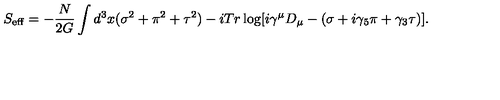
S _ { \mathrm { e f f } } = - \frac { N } { 2 G } \int d ^ { 3 } x ( \sigma ^ { 2 } + \pi ^ { 2 } + \tau ^ { 2 } ) - i T r \log [ i \gamma ^ { \mu } D _ { \mu } - ( \sigma + i \gamma _ { 5 } \pi + \gamma _ { 3 } \tau ) ] .